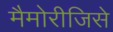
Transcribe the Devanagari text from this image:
मैमोरीजिसे